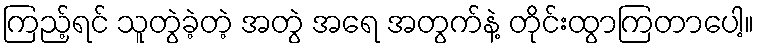
ကြည့်ရင် သူတွဲခဲ့တဲ့ အတွဲ အရေ အတွက်နဲ့ တိုင်းထွာကြတာပေါ့။